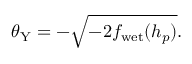
\theta _ { \mathrm { Y } } = - \sqrt { - 2 f _ { \mathrm { w e t } } ( h _ { p } ) } .